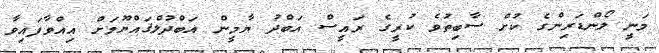
މަނީ ލޯންޑަރިންގެ ކުށް ސާބިތުވެ ކުރީގެ ރައީސް އަބްދު ޔާމީން އަބްދުލްޤައްޔޫމަށް އިއްވާފައިވާ